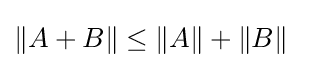
\|A+B\|\leq \|A\|+\|B\|\